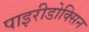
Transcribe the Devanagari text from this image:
पाइरीडोक्सिन